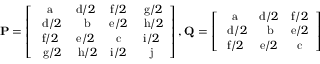
\mathbf { P } = \left[ \begin{array} { c c c c } { \mathrm { a } } & { \mathrm { d } / 2 } & { \mathrm { f } / 2 } & { \mathrm { ~ g } / 2 } \\ { \mathrm { ~ d } / 2 } & { \mathrm { ~ b } } & { \mathrm { e } / 2 } & { \mathrm { ~ h } / 2 } \\ { \mathrm { f } / 2 } & { \mathrm { e } / 2 } & { \mathrm { c } } & { \mathrm { i } / 2 } \\ { \mathrm { ~ g } / 2 } & { \mathrm { ~ h } / 2 } & { \mathrm { i } / 2 } & { \mathrm { j } } \end{array} \right] , \mathbf { Q } = \left[ \begin{array} { c c c } { \mathrm { a } } & { \mathrm { d } / 2 } & { \mathrm { f } / 2 } \\ { \mathrm { ~ d } / 2 } & { \mathrm { ~ b } } & { \mathrm { e } / 2 } \\ { \mathrm { f } / 2 } & { \mathrm { e } / 2 } & { \mathrm { c } } \end{array} \right]